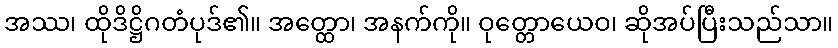
အဿ၊ ထိုဒိဋ္ဌိဂတံပုဒ်၏။ အတ္ထော၊ အနက်ကို။ ဝုတ္တောယေဝ၊ ဆိုအပ်ပြီးသည်သာ။